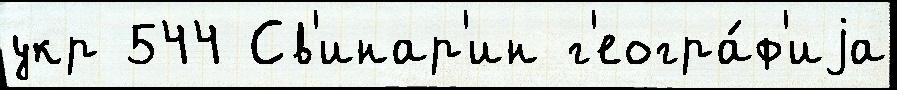
укр 544 Св'инар'ин г'еогра́ф'иjа